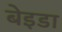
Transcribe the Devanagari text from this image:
बेइडा